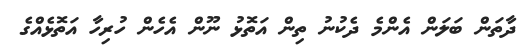
ދާތަން ބަލަން އެންމެ ދެކުނު ތިން އަތޮޅު ނޫން އެހެން ހުރިހާ އަތޮޅެއްގެ